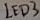
Text: LED3